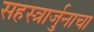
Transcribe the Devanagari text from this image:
सहस्त्रार्जुनाचा